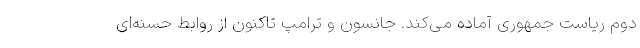
دوم ریاست جمهوری آماده می‌کند. جانسون و ترامپ تاکنون از روابط حسنه‌ای